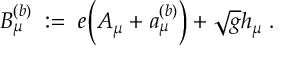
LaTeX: B _ { \mu } ^ { ( b ) } \; : = \; e \Big ( A _ { \mu } + a _ { \mu } ^ { ( b ) } \Big ) + \sqrt { g } h _ { \mu } \; .